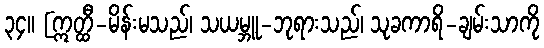
၃၄။ [ဣတ္ထီ-မိန်းမသည်၊ သယမ္ဘူ-ဘုရားသည်၊ သုခကာရိ-ချမ်းသာကို